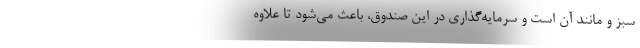
سبز و مانند آن است و سرمایه‌گذاری در این صندوق، باعث می‌شود تا علاوه